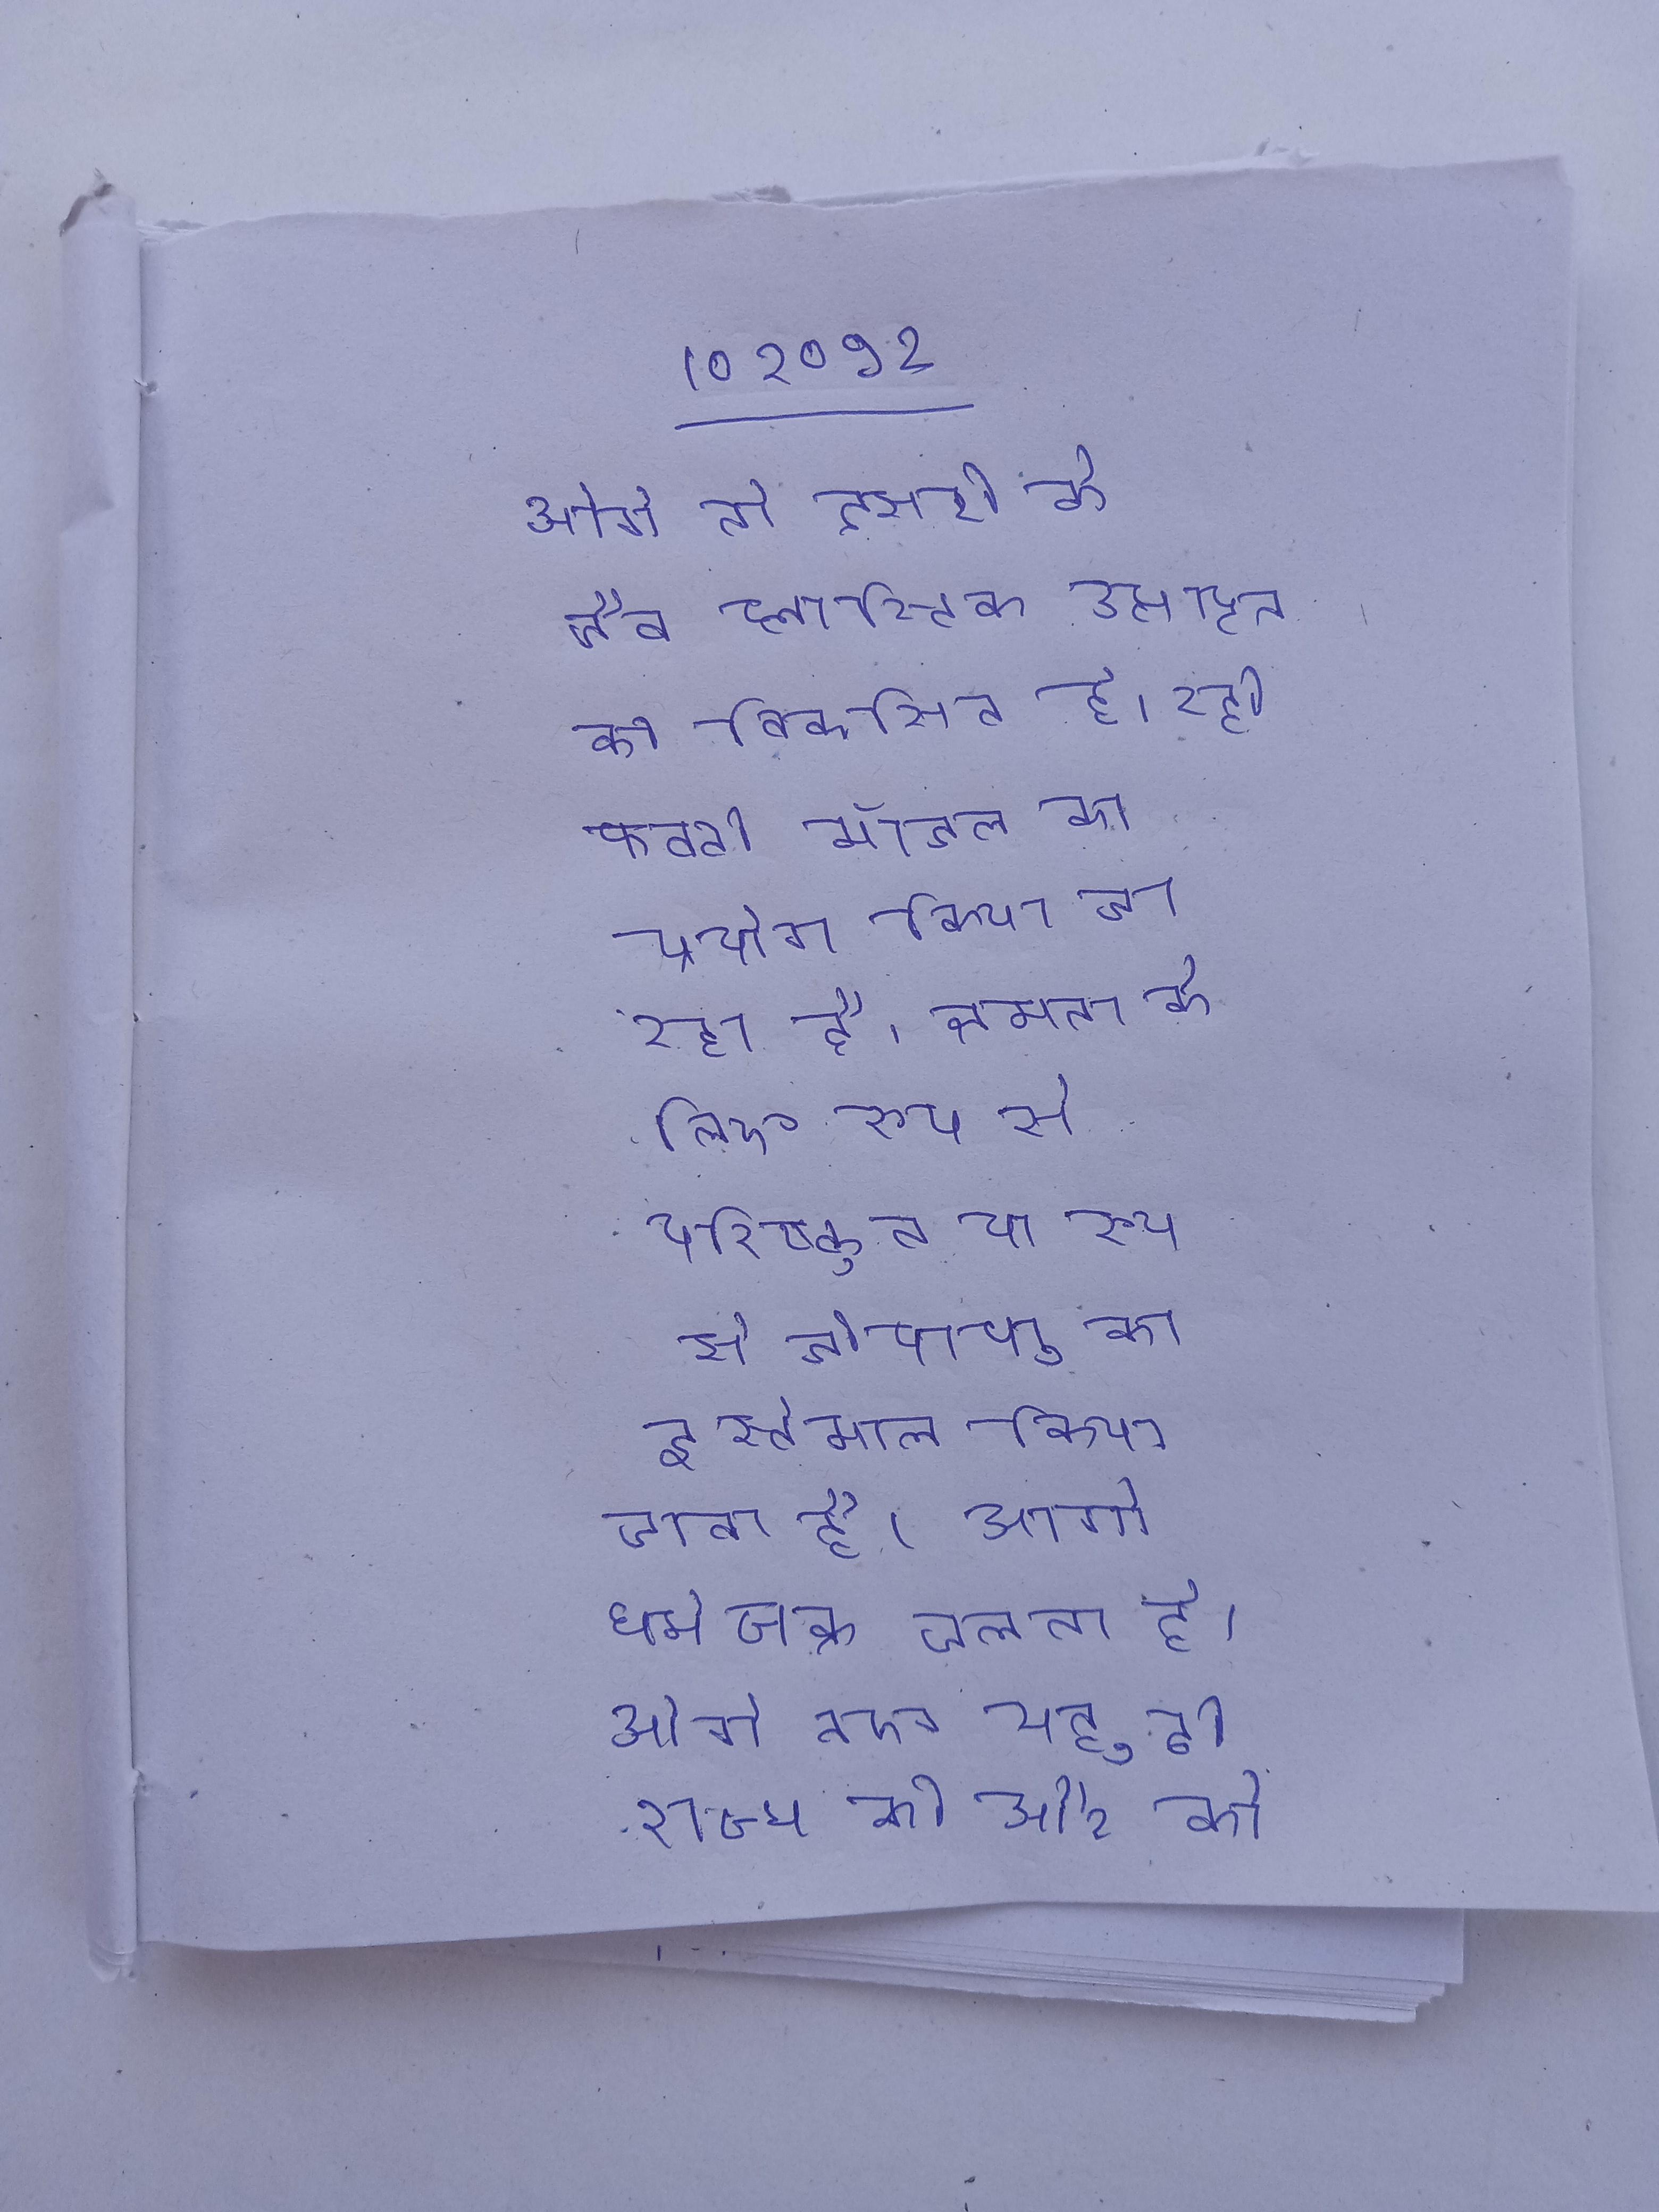
आगे तो दूसरी के जैव प्लास्टिक उत्पादन की विकसित हो रही फैक्ट्री मॉडल का प्रयोग किया जा रहा है, क्षमता के लिए रूप से परिष्कृत या रूप से जीवाणु का इस्तेमाल किया जाता है । आगे धर्मचक्र चलता है । आगे नए यहूदी राज्य की और को बताया गया ।